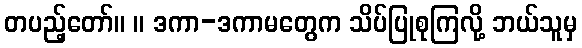
တပည့်တော်။ ။ ဒကာ-ဒကာမတွေက သိပ်ပြုစုကြလို့ ဘယ်သူမှ